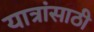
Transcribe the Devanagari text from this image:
यात्रांसाठी